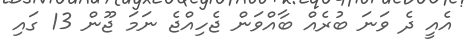
އެއީ ދެ ވަނަ ބުރެއް ބާއްވަން ޖެހިއްޖެ ނަމަ ޖޫން 13 ގައި